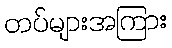
တပ်များအကြား